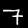
Digit: 7